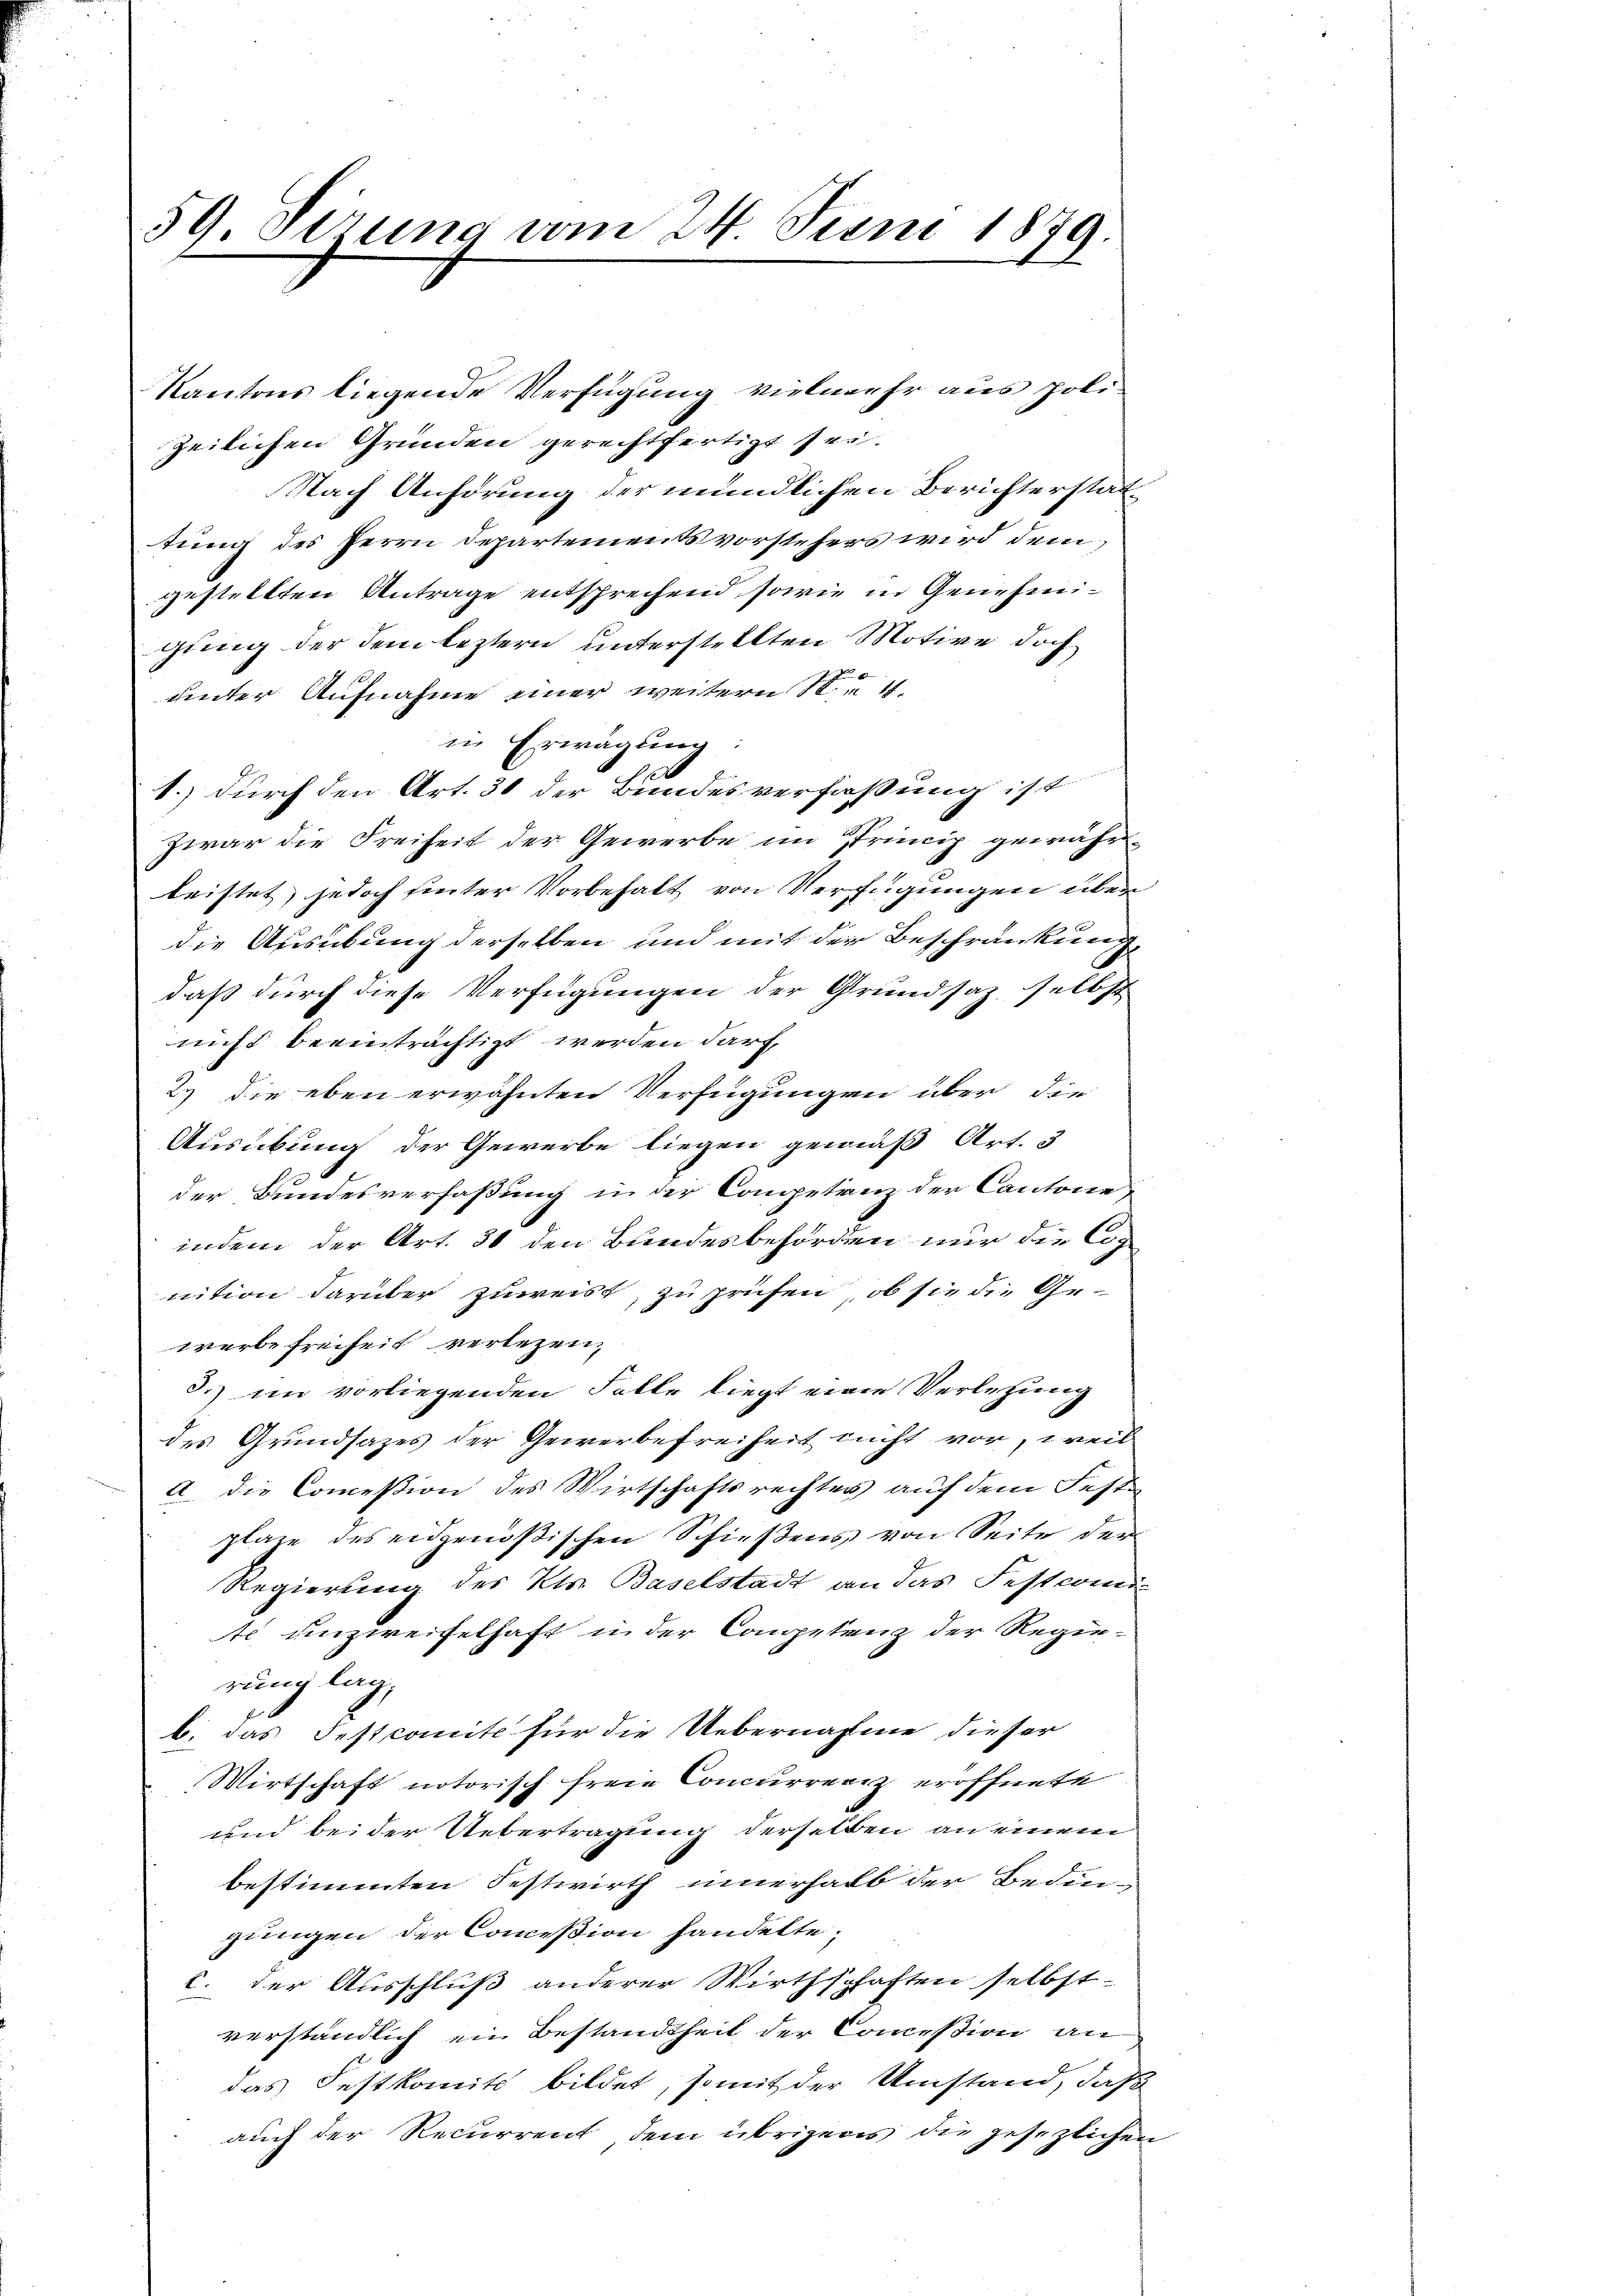
59 Sirung vom 24. Juni 1879.

zeilichen Gründen gerechtfertigt sei.
Nach Anhörung der mündlichen Berichterstattung des Herrn Departementsvorstehers wird dem
gestellten Antrage entsprechend, sowie in Genehmigung der dem leztern unterstellten Motive doch
unter Aufnahme einer weitern 14.
in Erwägung:
1
1.) durch den Art. 30 der Bundesverfaßung ist
zwar die Freiheit der Gewerbe im Princip gewährleistet, jedoch hinter Vorbehalt von Verfügungen über
die Ausübung derselben und mit der Beschränkung,
daß durch diese Verfügungen der Grundsaz selbst
nicht beeinträchtigt werden darf,
23 die eben erwähnten Verfügungen über die
Ausübung der Gewerbe liegen gemäß Art. 3
der Bundesverfaßung in der Competenz der Cantone
indem der Art. 31 den Bundesbehörden nur die Cop
nition darüber zuweist, zu prüfen, ob sie die Gewerbe freiheit verlegen,
3.) im vorliegenden Falle liegt eine Verletzung
des Grundsazes der Gewerbefreiheit nicht vor, weil
a die Commißion des Wirtschaftsrechtes auf dem Fest
plaze des eidgenößischen Schießens von Seite der
Regierung des Kts. Baselstadt an das Festcomi
te unzweifelhaft in der Competenz der Regierung lag,
b. das Festcomite für die Uebernahme dieser
Wirtschaft notorisch freie Concurrenz eröffnete
und bei der Uebertragung derselben an einem
bestimmten Festwirth innerhalb der Bedin-
gungen der Commißion handelte,
c. der Ausschluß anderer Wirthschaften selbst-
verständlich ein Bestandtheit der Commißion an
das Festkomit bildet, somit der Umstand, daß
auch der Recurrent dem übrigens die gesezlichen

Kantons liegende Verfügung vielmehr aus poli¬

e